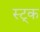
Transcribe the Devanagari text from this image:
स्ट्क